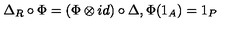
\Delta _ { R } \circ \Phi = ( \Phi \otimes i d ) \circ \Delta , \Phi ( 1 _ { A } ) = 1 _ { P }